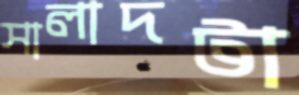
সালাদটা